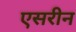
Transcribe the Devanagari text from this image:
एसरीन